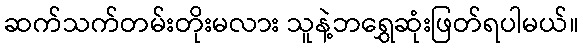
ဆက်သက်တမ်းတိုးမလား သူနဲ့ဘရွှေဆုံးဖြတ်ရပါမယ်။